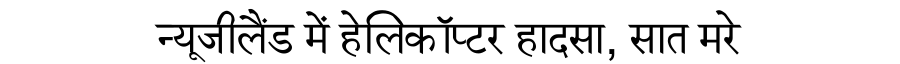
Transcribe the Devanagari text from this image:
न्यूजीलैंड में हेलिकॉप्टर हादसा, सात मरे